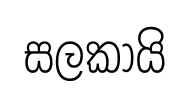
සලකායි